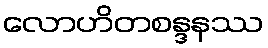
လောဟိတစန္ဒနဿ